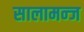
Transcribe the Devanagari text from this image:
सालामन्ज